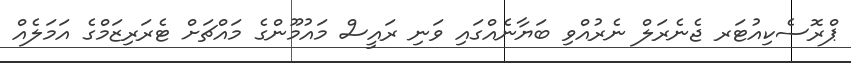
ޕްރޮސެކިއުޓަރ ޖެނެރަލް ނެރުއްވި ބަޔާނެއްގައި ވަނި ރައީސް މައުމޫންގެ މައްޗަށް ޓެރަރިޒަމްގެ އަމަލެއް